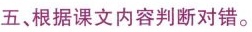
五、根据课文内容判断对错。